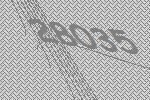
28035